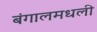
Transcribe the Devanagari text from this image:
बंगालमधली